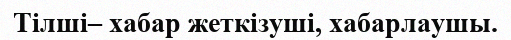
Тілші– хабар жеткізуші, хабарлаушы.